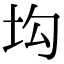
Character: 㘬